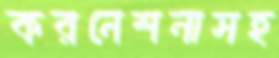
করনেশনাসহ